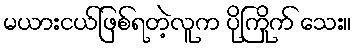
မယားငယ်ဖြစ်ရတဲ့လူက ပိုကြိုက် သေး။